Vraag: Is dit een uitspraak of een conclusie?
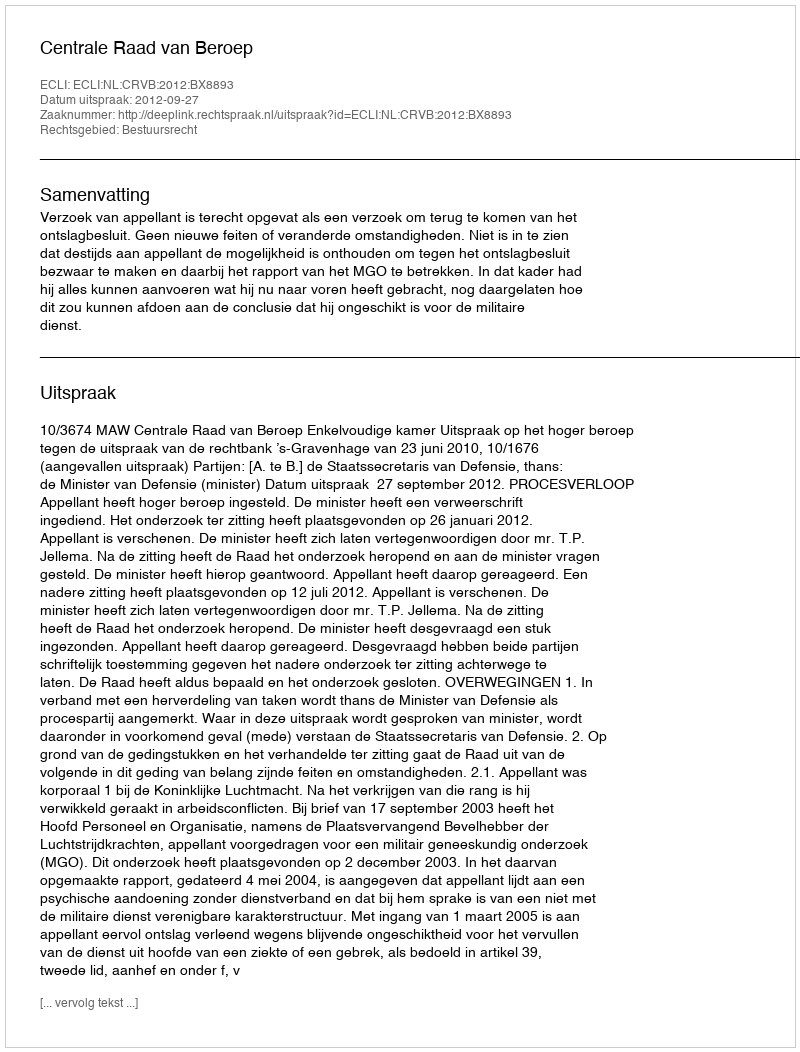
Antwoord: Uitspraak